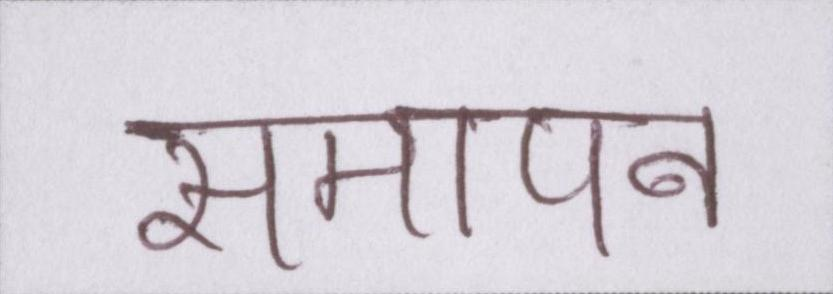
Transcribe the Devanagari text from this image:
समापन